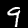
Digit: 9